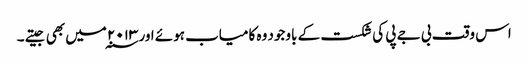
اس وقت بی جے پی کی شکست کے باوجود وہ کامیاب ہوئے اور ۲۰۱۳ ؁میں بھی جیتے ۔